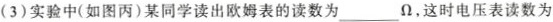
(3)实验中(如图丙)某同学读出欧姆表的读数为___Ω，这时电压表读数为